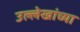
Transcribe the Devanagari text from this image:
उल्लेखांच्या